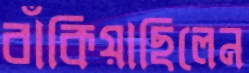
বাঁকিয়াছিলেন